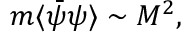
m \langle \bar { \psi } \psi \rangle \sim M ^ { 2 } ,